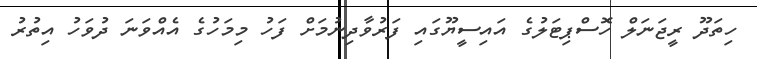
ހިތަދޫ ރީޖަނަލް ހޮސްޕިޓަލުގެ އައިސީޔޫގައި ފަރުވާދިނުމަށް ފަހު މިމަހުގެ އެއްވަނަ ދުވަހު އިތުރު